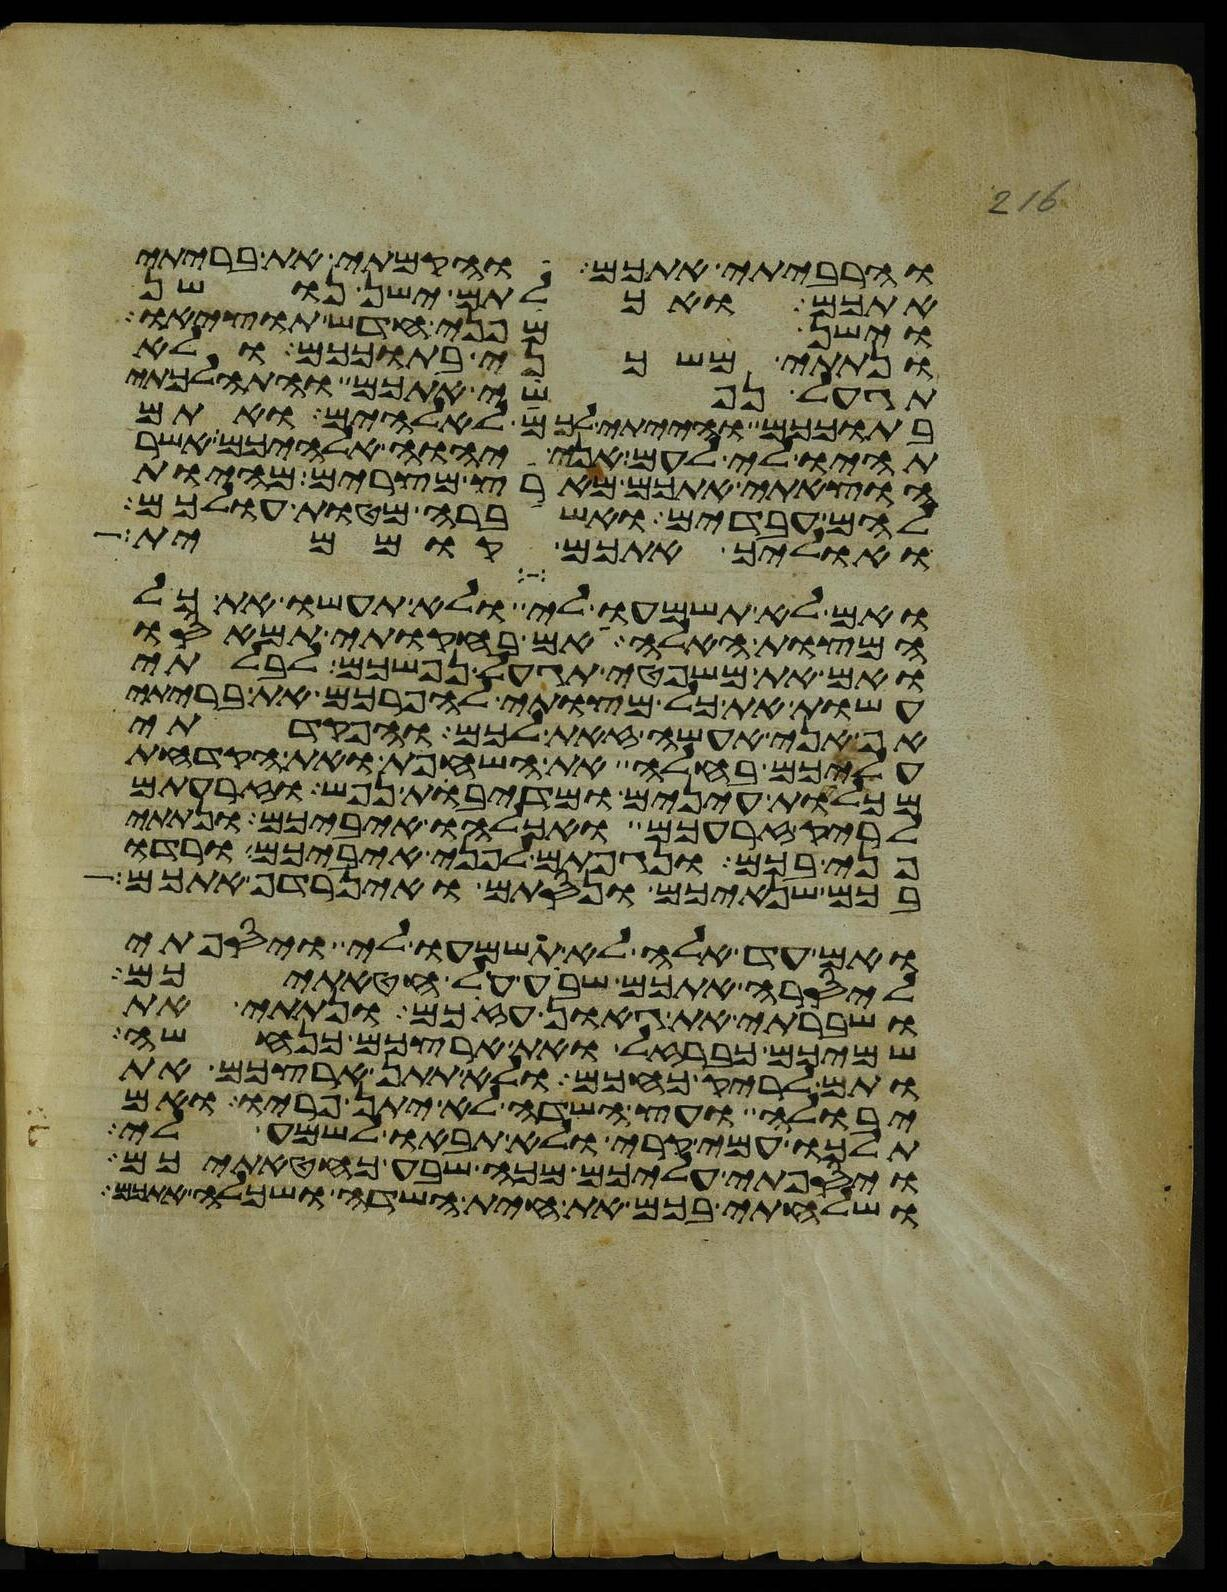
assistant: והרביתי אתכם והקמתי את בריתי
אתכם ואכלתם ישן נושן
וישן מפני חדש תוציאו
ונתתי משכני בתוככם ולא
תגעל נפשי אתכם והתהלכתי
בתוככם והייתי לכם לאלהים ואתם
תהיו לי לעם אני יהוה אלהיכם אשר
הוצאתי אתכם מארץ מצרים מהיות
להם עבדים ואשברה מטות עולכם
ואוליך אתכם קוממית
ואם לא תשמעו לי ולא תעשו את כל
המצות האלה אם בחקותי תמאסו
ואם את משפטי תגעל נפשכם לבלתי
עשות את כל מצותי להפרכם את בריתי
אף אני אעשה זאת לכם והפקדתי
עליכם בחלה את השחפת ואת הקדחת
מכלות עינים ומדיבת נפש וזרעתם
לריק זרעכם ואכלהו איביכם ונתתי
פני בכם ונגפתם לפני איביכם ורדו
בכם שנאיכם ונסתם ואין רדף אתכם
ואם עד אלה לא תשמעו לי ויספתי
ליסרה אתכם שבע על חטאתיכם
ושברתי את גאון עזכם ונתתי את
שמיכם כברזל ואת ארצכם כנחשה
ותם לריק כחכם ולא תתן ארצכם את
יבולה ועץ השדה לא יתן פריו ואם
תלכו עמי קרי ולא תבאו לשמע לי
ויספתי עליכם מכה שבע כחטאתיכם
ושלחתי בכם את חית השדה ושכלה אתכם